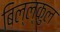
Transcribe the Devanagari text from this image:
बिल्ल्कुल